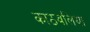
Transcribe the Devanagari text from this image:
काठवलिया